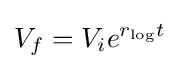
V_{f}=V_{i}e^{r_{\mathrm {log} }t}